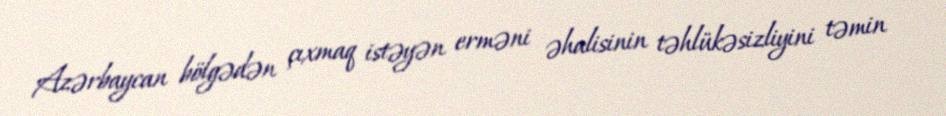
Azərbaycan bölgədən çıxmaq istəyən erməni əhalisinin təhlükəsizliyini təmin